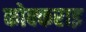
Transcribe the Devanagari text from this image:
कोक्कराइ